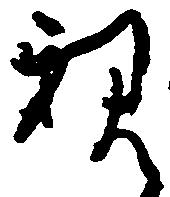
親